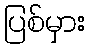
ပြစ်မှား